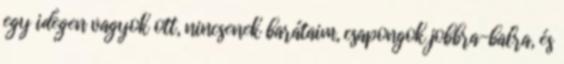
egy idegen vagyok ott, nincsenek barátaim, csapongok jobbra-balra, és